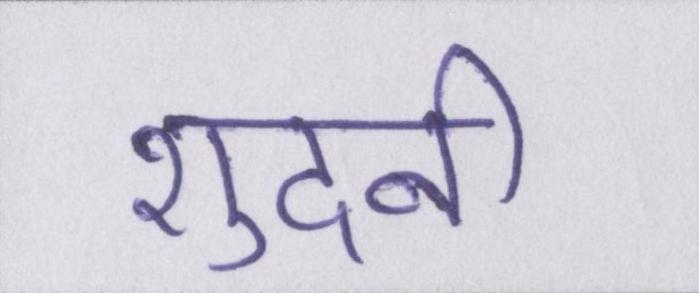
शुदनी